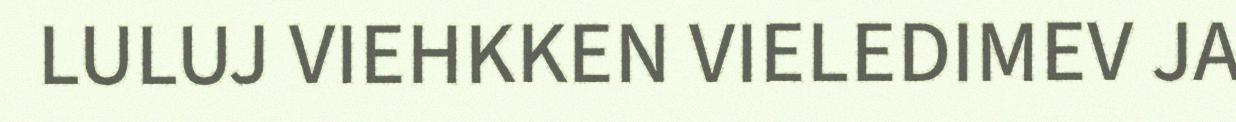
LULUJ VIEHKKEN VIELEDIMEV JA